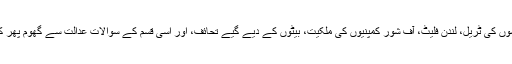
گلف اسٹیل مل کی خریداری، پیسوں کی ٹریل، لندن فلیٹ، آف شور کمپنیوں کی ملکیت، بیٹوں کے دیے گیے تحائف، اور اسی قسم کے سوالات عدالت سے گھوم پھر کر بھی جوابات کے متلاشی ہیں۔